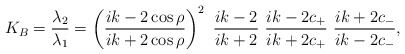
\begin{align*}K_B=\frac{\lambda_2}{\lambda_1}=\left(\frac{ik-2\cos\rho}{ik+2\cos\rho}\right)^2\ \frac{ik-2}{ ik+2}\ \frac{ik-2c_+}{ik+2c_+}\ \frac{ik+2c_-}{ik-2c_-},\end{align*}